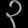
Digit: ၃